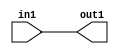
`timescale 1ps / 1ps

// Generated by Cadence Genus(TM) Synthesis Solution 17.11-s014_1
// Generated on: May  2 2021 00:39:19 CST (May  1 2021 16:39:19 UTC)

module ImageGradient_Add_4U_4_4(in1, out1);
  input [3:0] in1;
  output [3:0] out1;
  wire [3:0] in1;
  wire [3:0] out1;
  assign out1[0] = in1[0];
  assign out1[1] = in1[1];
  assign out1[2] = in1[2];
  assign out1[3] = in1[3];
endmodule